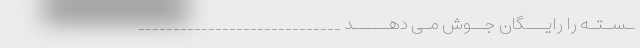
ـسـتـه را رایـــگان جــوش مـی دهـــــد _____________________________